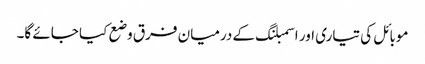
موبائل کی تیاری اور اسمبلنگ کے درمیان فرق وضع کیا جائے گا۔